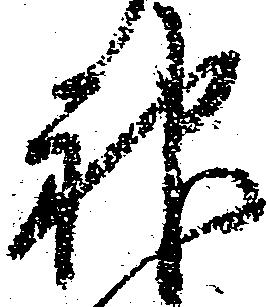
神